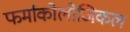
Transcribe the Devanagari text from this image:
फर्माकोलोजिकल